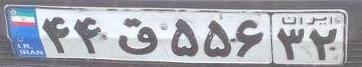
۴۴ق۵۵۶۳۲